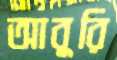
আবুরি